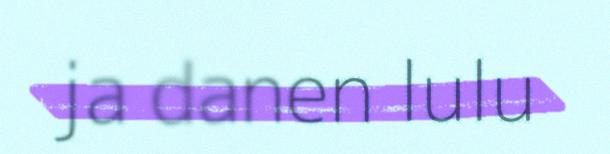
ja danen lulu